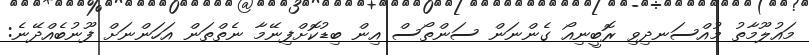
މައުލޫމާތު މުއްސަނދިވި ރޮބީނިއޯ ގެންނަން ސަންތޯސް އިން ބިޑުކޮށްފިނޭމާ ނެތްތަން އަހަންނަށް ފޫނުބެއްދޭނެ: